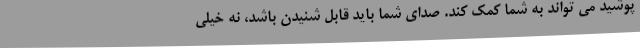
پوشید می تواند به شما کمک کند. صدای شما باید قابل شنیدن باشد، نه خیلی